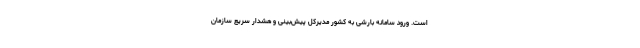
است. ورود سامانه بارشی به کشور مدیرکل پیش‌بینی و هشدار سریع سازمان